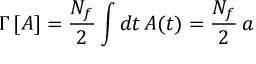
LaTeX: \Gamma \, [ A ] = \frac { N _ { f } } { 2 } \int d t \, A ( t ) = \frac { N _ { f } } { 2 } \, a